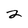
Character: 2